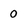
Character: 0